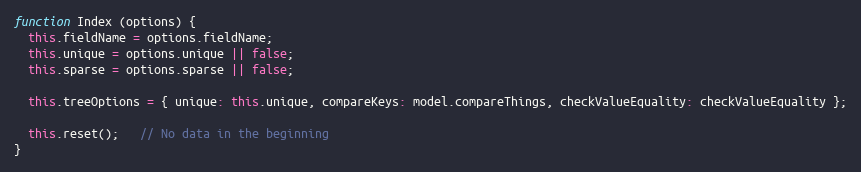
Language: JavaScript
function Index (options) {
  this.fieldName = options.fieldName;
  this.unique = options.unique || false;
  this.sparse = options.sparse || false;

  this.treeOptions = { unique: this.unique, compareKeys: model.compareThings, checkValueEquality: checkValueEquality };

  this.reset();   // No data in the beginning
}